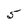
Character: 5